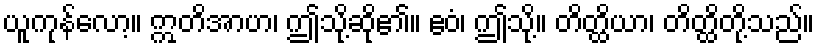
ယူကုန်လော့။ ဣတိအာဟ၊ ဤသို့ဆို၏။ ဧဝံ၊ ဤသို့။ တိတ္ထိယာ၊ တိတ္ထိတို့သည်။